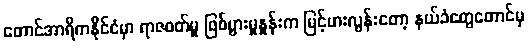
တောင်အာရိကနိုင်ငံမှာ ရာဇဝတ်မှု ဖြစ်ပွားမှုနှုန်းက မြင့်မားလွန်းတော့ နယ်ခံတွေတောင်မှ